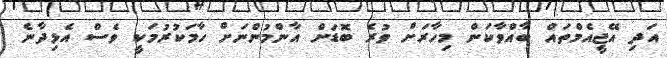
އަދި އޭޖީއެމްތައް ބާއްވާކަން މިހާރަށް ވުރެ ބޮޑަށް އާންމުންނަށް ހާމަކުރުމަކީ ވެސް އެޅިދާނެ